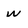
Character: w